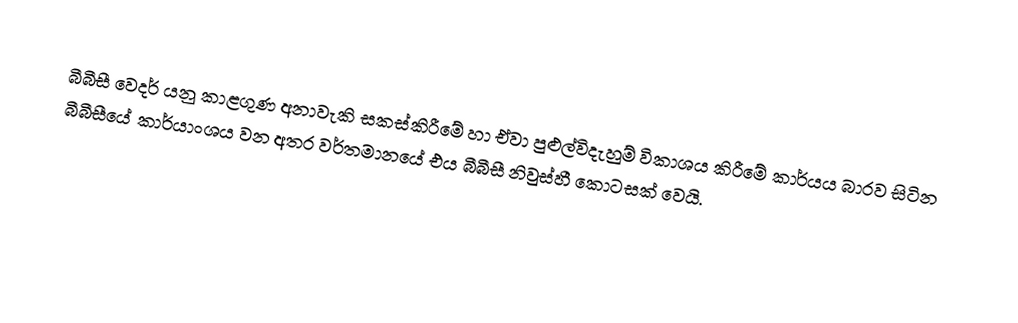
බීබීසී වෙදර් යනු කාළගුණ අනාවැකි සකස්කිරීමේ හා ඒවා පුළුල්විදැහුම් විකාශය කිරීමේ කාර්යය බාරව සිටින බීබීසීයේ කාර්යාංශය වන අතර වර්තමානයේ එය  බීබීසී නිවුස්හී කොටසක් වෙයි.